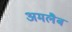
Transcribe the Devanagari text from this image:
अमलैब